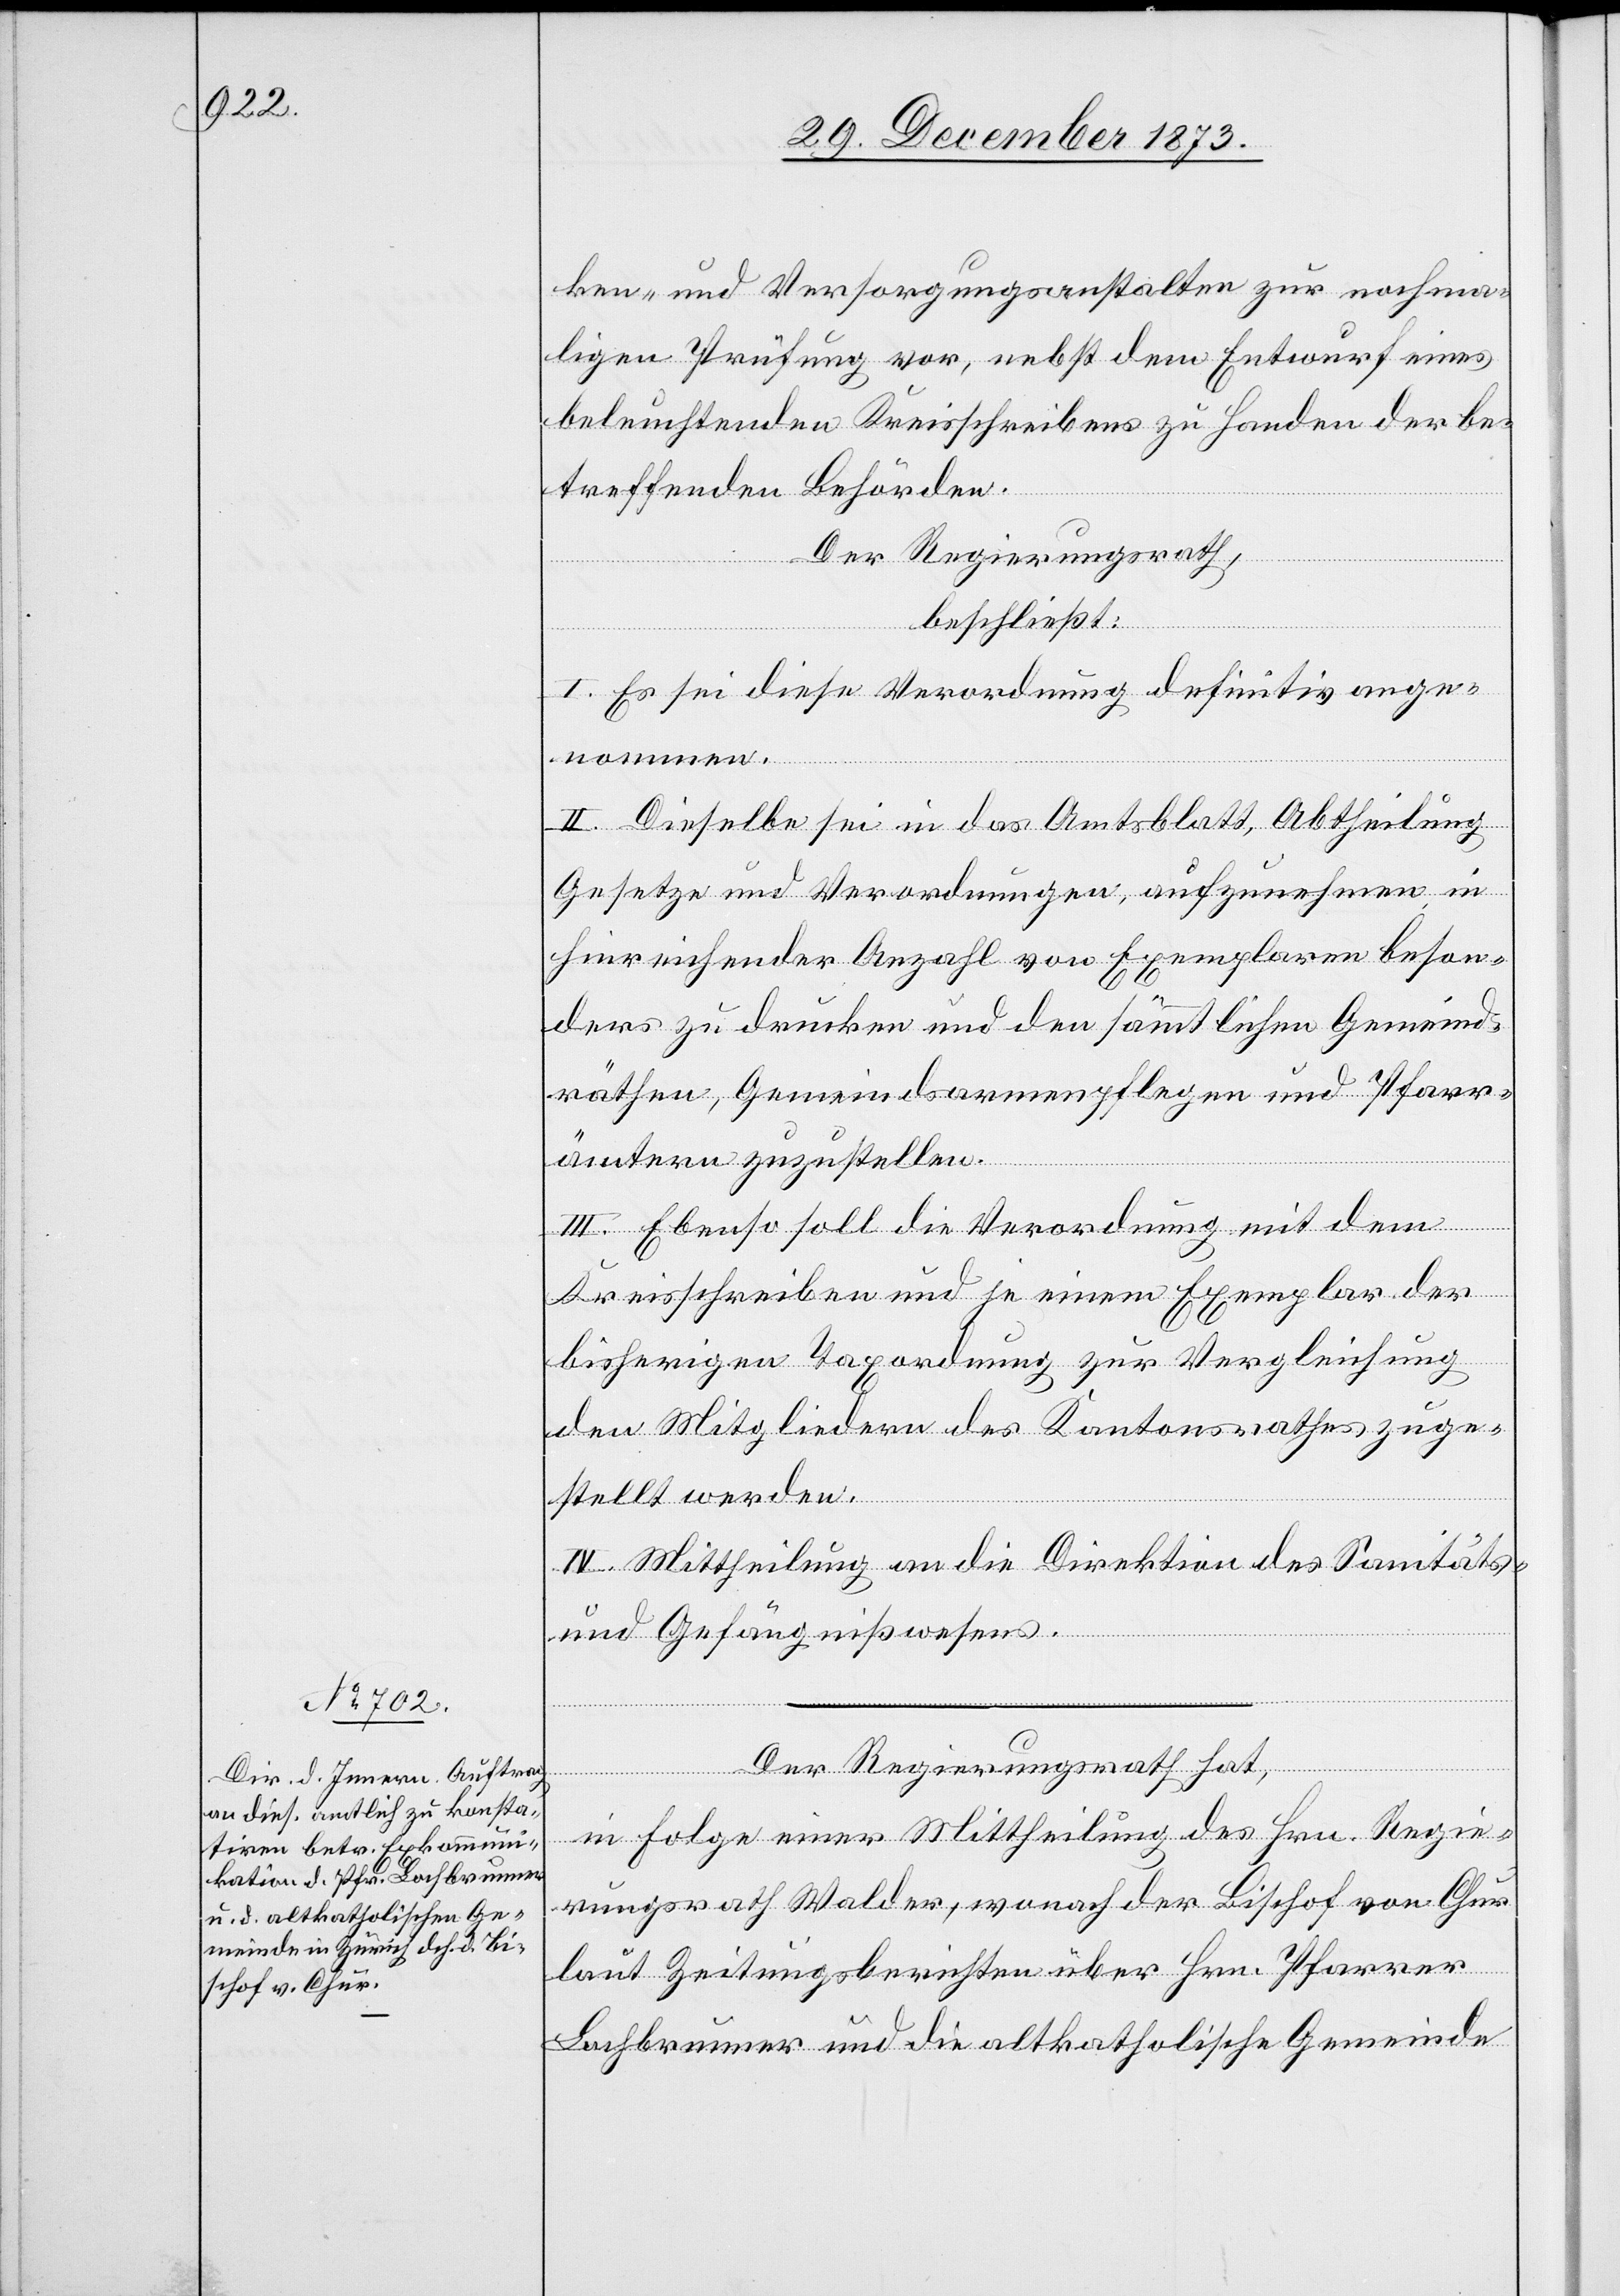
ken- und Versorgungsanstalten zur nochma¬
ligen Prüfung vor, nebst dem Entwurf eines
beleuchtenden Kreisschreibens zu Handen der be¬
treffenden Behörden.
Der Regierungsrath,
beschließt:
I. Es sei diese Verordnung definitiv ange¬
nommen.
II. Dieselbe sei in das Amtsblatt, Abtheilung
Gesetze und Verordnungen, aufzunehmen, in
hinreichender Anzahl von Exemplaren beson¬
ders zu drucken und den sämmtlichen Gemeind¬
räthen, Gemeindsarmenpflegen und Pfarr¬
ämtern zuzustellen.
III. Ebenso soll die Verordnung mit dem
Kreisschreiben und je einem Exemplar der
bisherigen Taxordnung zur Vergleichung
den Mitgliedern des Kantonsrathes zuge¬
stellt werden.
IV. Mittheilung an die Direktion des Sanitäts-
und Gefängnißwesens.
Der Regierungsrath hat,
in Folge einer Mittheilung des Hrn. Regie¬
rungsrath Walder, wonach der Bischof von Chur
laut Zeitungsberichten über Hrn. Pfarrer
Lochbrunner und die altkatholische Gemeinde